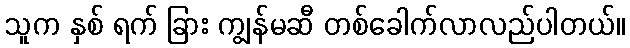
သူက နှစ် ရက် ခြား ကျွန်မဆီ တစ်ခေါက်လာလည်ပါတယ်။